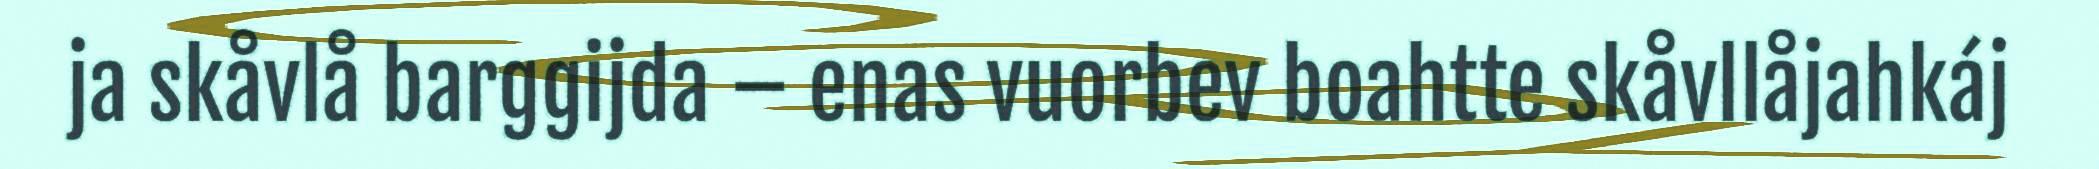
ja skåvlå barggijda – enas vuorbev boahtte skåvllåjahkáj